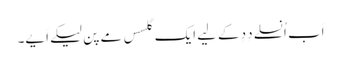
اَب اُنسلے دِدِ کے لِیے ایک گلسس مے پنِ لیکے اَیے۔